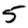
Digit: 5